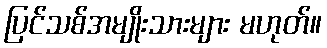
ပြင်သစ်အမျိုးသားများ မဟုတ်။